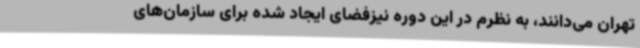
تهران می‌دانند، به نظرم در این دوره نیزفضای ایجاد شده برای سازمان‌های